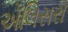
એલિસરા